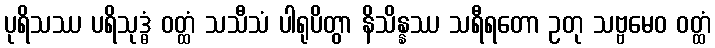
ပုရိသဿ ပရိသုဒ္ဓံ ဝတ္ထံ သသီသံ ပါရုပိတွာ နိသိန္နဿ သရီရတော ဥတု သဗ္ဗမေဝ ဝတ္ထံ